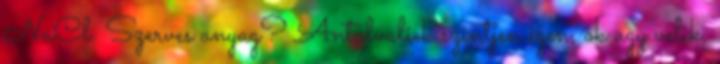
NaCl. Szerves anyag? Antalvaliek szintjen igen, ok ugy velik,